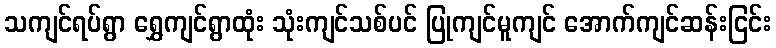
သကျင်ရပ်ရွာ ရွှေကျင်ရွာထုံး သုံးကျင်သစ်ပင် ပြုကျင်မူကျင် အောက်ကျင်ဆန်းငြင်း